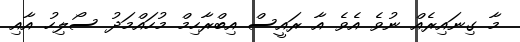
މާ ގިނައިރެއް ނުވެ އެވެ އާ ރައީސް އިބްރާހިމް މުހައްމަދު ސޯލިހު އާއި